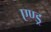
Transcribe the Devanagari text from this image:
एण्ड्र